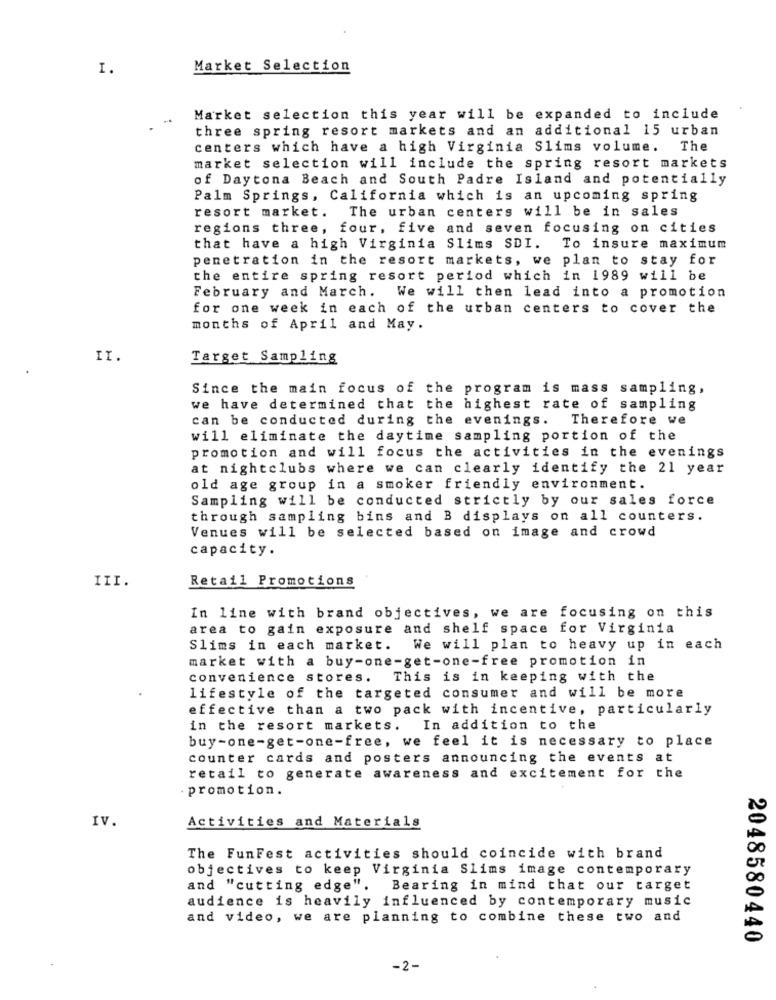
I.
Market Selection
Market selection this year will be expanded to include
three spring resort markets and an additional 15 urban
centers which have a high Virginia Slims volume. The
market selection will include the spring resort markets
of Daytona Beach and South Padre Island and potentially
Palm Springs, California which is an upcoming spring
The urban centers will be in sales
resort market.
regions three, four, five and seven focusing on cities
that have a high Virginia Slims SDI. To insure maximum
penetration in the resort markets, we plan to stay for
the entire spring resort period which in 1989 will be
February and March. We will then lead into a promotion
for one week in each of the urban centers to cover the
months of April and May.
II.
Target Sampling
Since the main focus of the program is mass sampling,
we have determined that the highest rate of sampling
can be conducted during the evenings. Therefore we
will eliminate the daytime sampling portion of the
promotion and will focus the activities in the evenings
at nightclubs where we can clearly identify the 21 year
old age group in a smoker friendly environment.
Sampling will be conducted strictly by our sales force
through sampling bins and B displays on all counters.
Venues will be selected based on image and crowd
capacity.
Retail Promotions
In line with brand objectives, we are
focusing on this
area to gain exposure and shelf space for Virginia
Slims in each market.
We will plan to heavy up in each
market with a buy-one-get-one-free promotion in
convenience stores. This is in keeping with the
lifestyle of the targeted consumer and will be more
effective than a two pack with incentive, particularly
in the resort markets.
In addition to the
buy-one-get-one-free, we feel it is necessary to place
counter cards and posters announcing the events at
retail to generate awareness and excitement for the
promotion.
IV.
Activities and Materials
00
The FunFest activities should coincide with brand
objectives to keep Virginia Slims image contemporary
and "cutting edge".
Bearing in mind that our target
audience is heavily influenced by contemporary music
and video, we are planning to combine these two and
0
2048580440
-2-